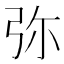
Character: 弥